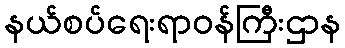
နယ်စပ်ရေးရာဝန်ကြီးဌာန